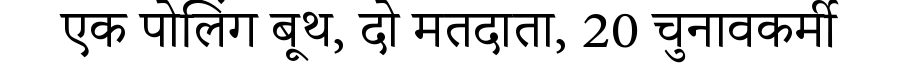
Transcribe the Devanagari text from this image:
एक पोलिंग बूथ, दो मतदाता, 20 चुनावकर्मी